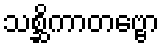
သစ္ဆိကာတဗ္ဗော